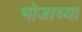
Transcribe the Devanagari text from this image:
भोजाच्या